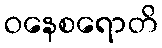
ဝနေစရောတိ